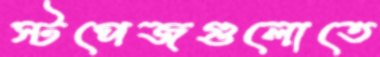
স্টপেজগুলোতে